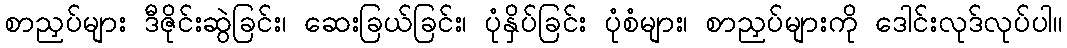
စာညှပ်များ ဒီဇိုင်းဆွဲခြင်း၊ ဆေးခြယ်ခြင်း၊ ပုံနှိပ်ခြင်း ပုံစံများ၊ စာညှပ်များကို ဒေါင်းလုဒ်လုပ်ပါ။